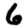
Digit: 6